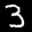
Label: 3